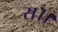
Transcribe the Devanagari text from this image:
स।।